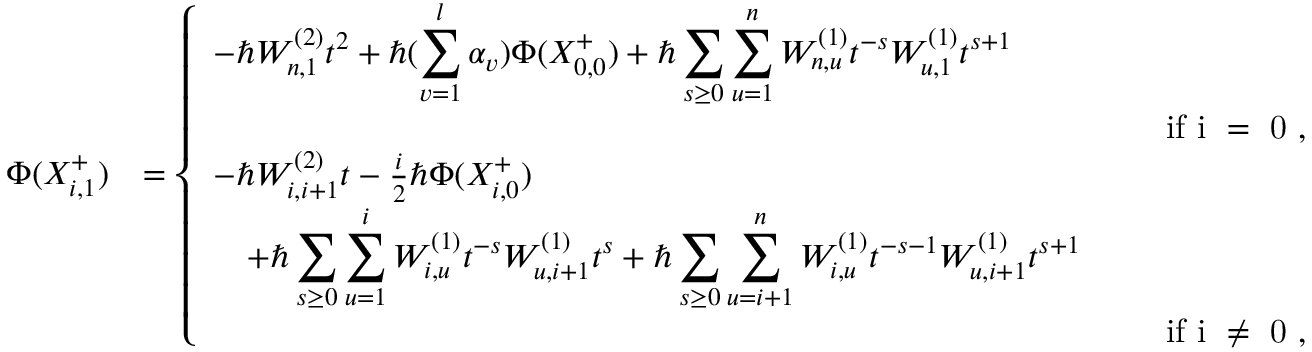
\begin{array} { r l } { \Phi ( X _ { i , 1 } ^ { + } ) } & { = \left\{ \begin{array} { l l } { - \hbar W _ { n , 1 } ^ { ( 2 ) } t ^ { 2 } + \hbar ( \displaystyle \sum _ { v = 1 } ^ { l } \alpha _ { v } ) \Phi ( X _ { 0 , 0 } ^ { + } ) + \hbar \displaystyle \sum _ { s \geq 0 } \displaystyle \sum _ { u = 1 } ^ { n } W _ { n , u } ^ { ( 1 ) } t ^ { - s } W _ { u , 1 } ^ { ( 1 ) } t ^ { s + 1 } } \\ { \qquad \qquad \qquad \qquad \qquad \qquad \qquad \qquad \qquad \qquad \qquad \qquad \qquad \qquad \mathrm { ~ i f ~ i ~ = ~ 0 ~ } , } \\ { - \hbar W _ { i , i + 1 } ^ { ( 2 ) } t - \frac { i } { 2 } \hbar \Phi ( X _ { i , 0 } ^ { + } ) } \\ { \quad + \hbar \displaystyle \sum _ { s \geq 0 } \displaystyle \sum _ { u = 1 } ^ { i } W _ { i , u } ^ { ( 1 ) } t ^ { - s } W _ { u , i + 1 } ^ { ( 1 ) } t ^ { s } + \hbar \displaystyle \sum _ { s \geq 0 } \displaystyle \sum _ { u = i + 1 } ^ { n } W _ { i , u } ^ { ( 1 ) } t ^ { - s - 1 } W _ { u , i + 1 } ^ { ( 1 ) } t ^ { s + 1 } } \\ { \qquad \qquad \qquad \qquad \qquad \qquad \qquad \qquad \qquad \qquad \qquad \qquad \qquad \qquad \mathrm { ~ i f ~ i ~ \neq ~ 0 ~ } , } \end{array} \right. } \end{array}